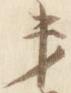
第